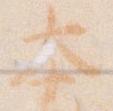
本